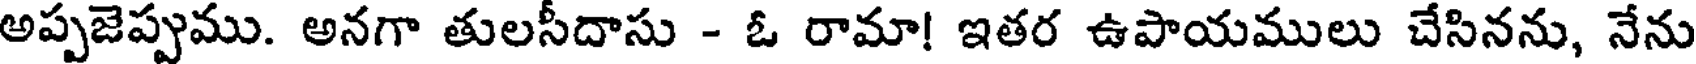
అప్పజెప్పము. అనగా తులసీదాసు - ఓ రామా! ఇతర ఉపాయములు చేసినను, నేను